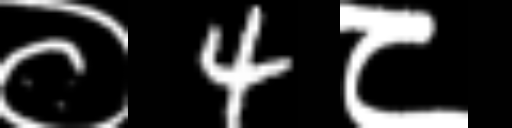
Text: ०4८